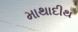
માથાદીથ